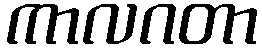
ကာလဂတာ